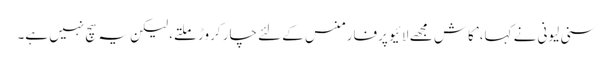
سنی لیونی نے کہا، ’کاش مجھے لائیو پرفارمنس کے لئے چار کروڑ ملتے، لیکن یہ سچ نہیں ہے۔